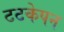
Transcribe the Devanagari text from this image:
टटकेपन